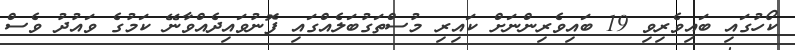
ކޯހުގައި ބައިވެރިވި 19 ބައިވެރިންނަށް ކައިރި މުސްތަގުބަލެއްގައި ފޮނުވައިދެއްވާނޭ ކަމުގެ ވައުދު ވެސް